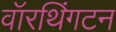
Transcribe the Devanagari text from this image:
वॉरथिंगटन